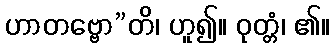
ဟာတဗ္ဗော”တိ၊ ဟူ၍။ ဝုတ္တံ၊ ၏။